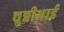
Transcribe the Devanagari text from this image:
चुन्नीभाई